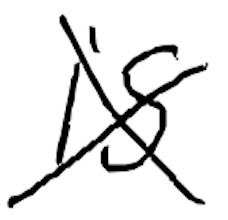
Text: is
Cross-out: cross
Writing tool: digital_black